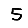
Digit: 5